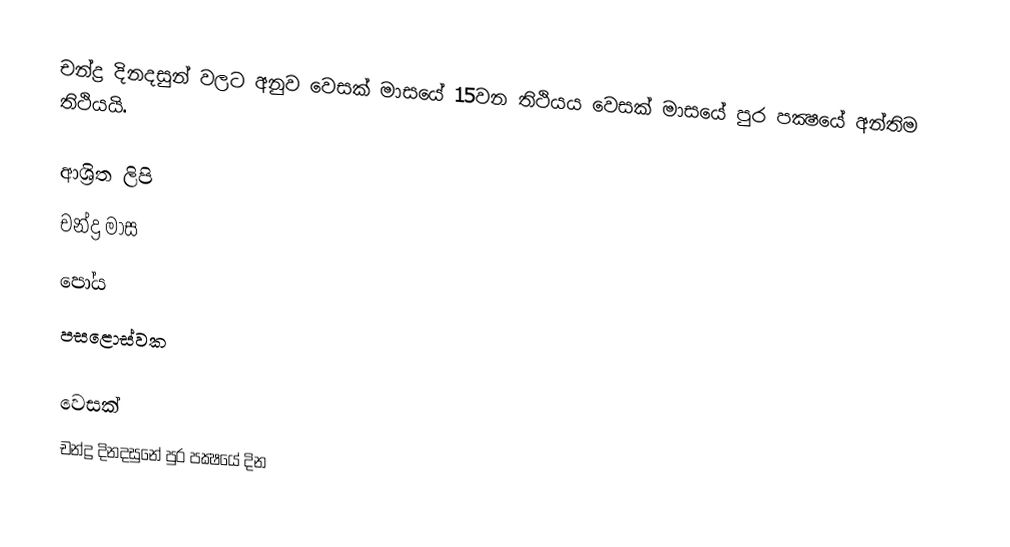
චන්ද්‍ර දිනදසුන් වලට අනුව වෙසක් මාසයේ 15වන තිථියය වෙසක් මාසයේ පුර පක්‍ෂයේ අන්තිම තිථියයි.

ආශ්‍රිත ලිපි
 චන්ද්‍ර මාස
 පෝය
 පසළොස්වක

වෙසක්
චන්ද්‍ර දිනදසුනේ පුර පක්‍ෂයේ දින